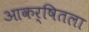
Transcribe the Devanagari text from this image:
आकर्षितला